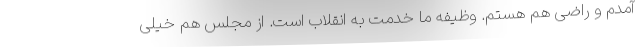
آمدم و راضی هم هستم. وظیفه ما خدمت به انقلاب است. از مجلس هم خیلی